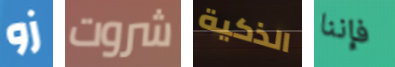
زو شروت الذكية فإننا